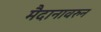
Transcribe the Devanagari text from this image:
मैदानावरुन